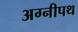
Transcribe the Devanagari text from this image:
अग्नीपथ